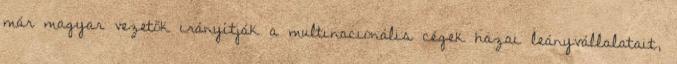
már magyar vezetők irányítják a multinacionális cégek hazai leányvállalatait,